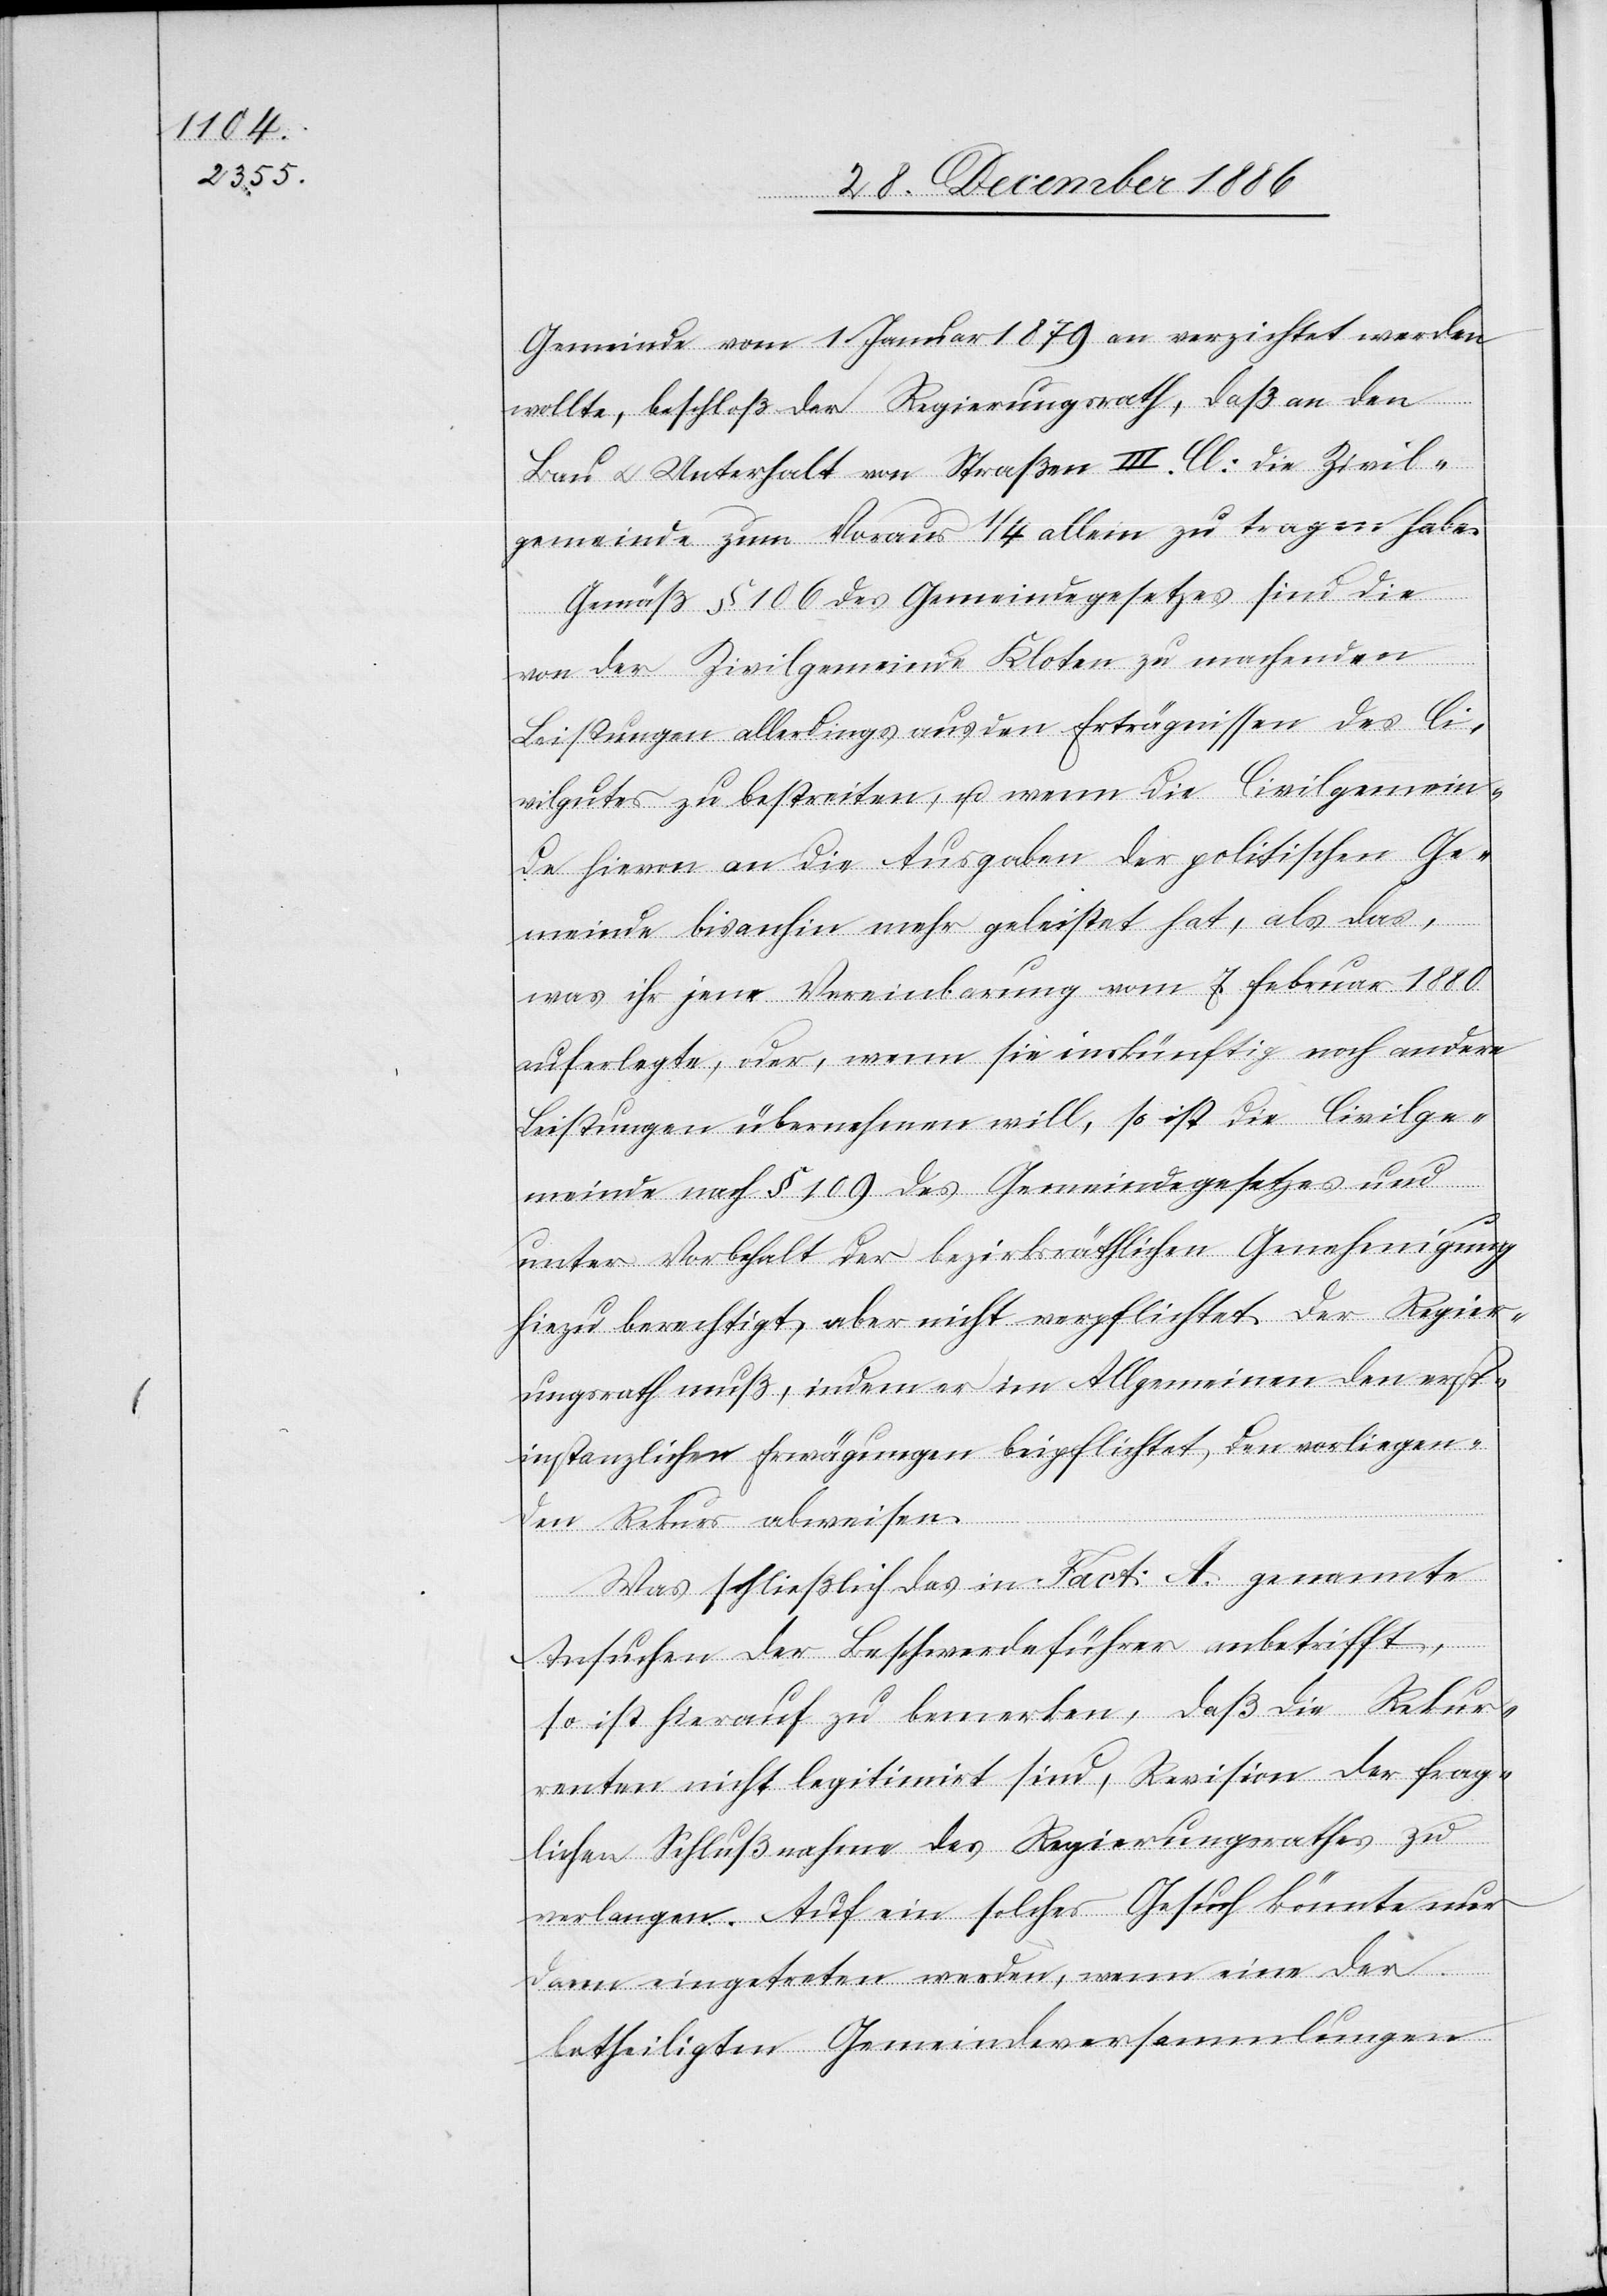
Gemeinde vom 1. Januar 1879 an verzichtet werden
wollte, beschloß der Regierungsrath, daß an den
Bau & Unterhalt von Straßen III. Cl: die Zivil¬
gemeinde zum Voraus 1/4 allein zu tragen habe.
Gemäß § 106 des Gemeindegesetzes sind die
von der Zivilgemeinde Kloten zu machenden
Leistungen allerdings aus den Erträgnissen des Ci¬
vilgutes zu bestreiten, u. wenn die Civilgemein¬
de hievon an die Ausgaben der politischen Ge¬
meinde bisanhin mehr geleistet hat, als das,
was ihr jene Vereinbarung vom 7. Februar 1880
auferlegte, oder, wenn sie inskünftig noch andere
Leistungen übernehmen will, so ist die Civilge¬
meinde nach § 109 des Gemeindegesetzes und
unter Vorbehalt der bezirksräthlichen Genehmigung
hiezu berechtigt, aber nicht verpflichtet. Der Regier¬
ungsrath muß, indem er im Allgemeinen den erst¬
instanzlichen Erwägungen beipflichtet, den vorliegen¬
den Rekurs abweisen.
Was schließlich das in Fact: A. genannte
Ansuchen der Beschwerdeführer anbetrifft,
so ist hierauf zu bemerken, daß die Rekur¬
renten nicht legitimirt sind, Revision der frag¬
lichen Schlußnahme des Regierungsrathes zu
verlangen. Auf ein solches Gesuch könnte nur
dann eingetreten werden, wenn eine der
betheiligten Gemeindeversammlungen